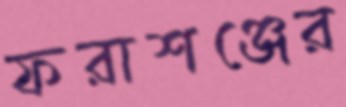
ফরাশঞ্জের